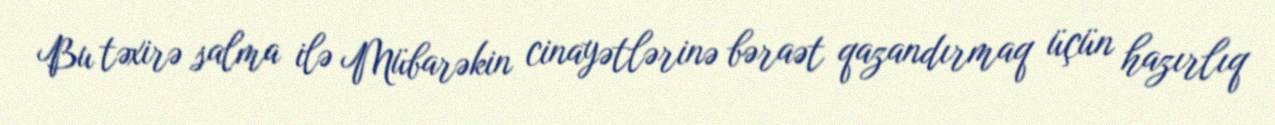
Bu təxirə salma ilə Mübarəkin cinayətlərinə bəraət qazandırmaq üçün hazırlıq